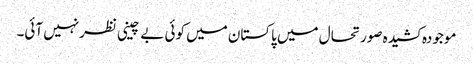
موجودہ کشیدہ صورتحال میں پاکستان میں کوئی بے چینی نظرنہیں آئی۔